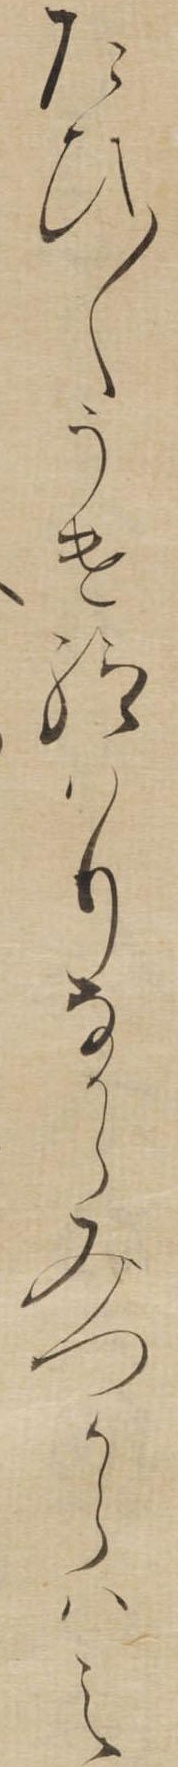
たひ〱うけ給はりなからみつからはえ